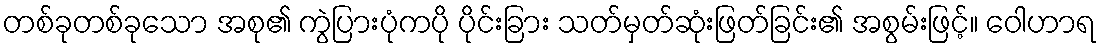
တစ်ခုတစ်ခုသော အစု၏ ကွဲပြားပုံကပို ပိုင်းခြား သတ်မှတ်ဆုံးဖြတ်ခြင်း၏ အစွမ်းဖြင့်။ ဝေါဟာရ